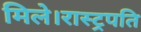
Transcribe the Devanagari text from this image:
मिले।रास्ट्रपति